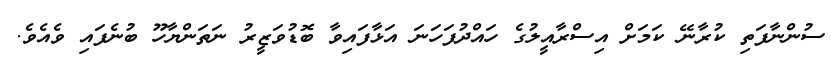
ސުންނާފަތި ކުރާނޭ ކަމަށް އިސްރާއީލުގެ ހައްދުފަހަނަ އަޅާފައިވާ ބޮޑުވަޒީރު ނަތަންޔާހޫ ބުނެފައި ވެއެވެ.